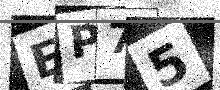
Text: EP75